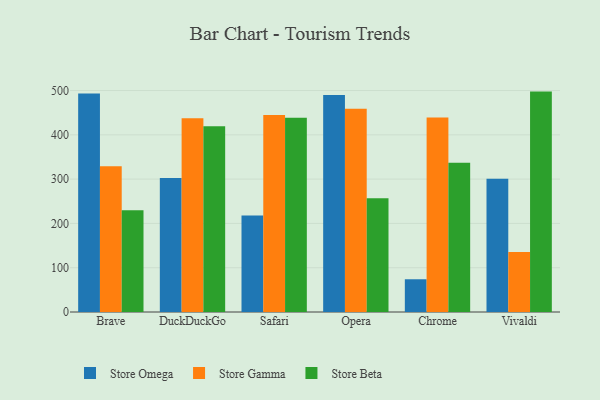
{"axis": {"x": "Browser", "y": "Humidity (%)"}, "legend": ["Store Beta", "Store Gamma", "Store Omega"], "data": [{"x": "Brave", "y": 493.1, "type": "Store Omega"}, {"x": "Brave", "y": 329.0, "type": "Store Gamma"}, {"x": "Brave", "y": 229.6, "type": "Store Beta"}, {"x": "DuckDuckGo", "y": 302.3, "type": "Store Omega"}, {"x": "DuckDuckGo", "y": 437.2, "type": "Store Gamma"}, {"x": "DuckDuckGo", "y": 419.5, "type": "Store Beta"}, {"x": "Safari", "y": 217.9, "type": "Store Omega"}, {"x": "Safari", "y": 444.6, "type": "Store Gamma"}, {"x": "Safari", "y": 438.8, "type": "Store Beta"}, {"x": "Opera", "y": 489.8, "type": "Store Omega"}, {"x": "Opera", "y": 458.9, "type": "Store Gamma"}, {"x": "Opera", "y": 256.9, "type": "Store Beta"}, {"x": "Chrome", "y": 73.9, "type": "Store Omega"}, {"x": "Chrome", "y": 439.0, "type": "Store Gamma"}, {"x": "Chrome", "y": 336.9, "type": "Store Beta"}, {"x": "Vivaldi", "y": 300.9, "type": "Store Omega"}, {"x": "Vivaldi", "y": 135.5, "type": "Store Gamma"}, {"x": "Vivaldi", "y": 497.6, "type": "Store Beta"}]}